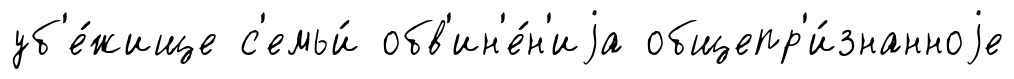
уб'е́жище с'емьи́ обв'ин'е́н'иjа общепр'и́знанноjе